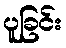
ပူခြင်း